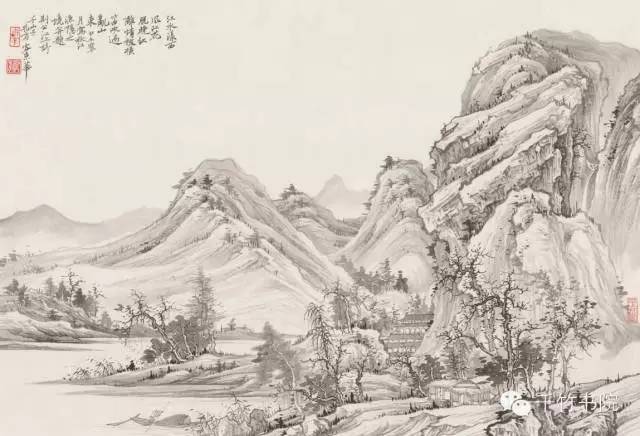
春未来时，酒携不到千岩路。